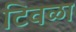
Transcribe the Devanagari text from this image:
टिवळा